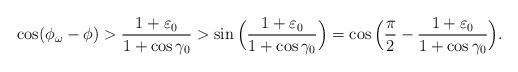
LaTeX: \begin{align*}\cos(\phi_{\omega} - \phi) > \frac{1+\varepsilon_0}{1+\cos\gamma_0} > \sin \Big(\frac{1+\varepsilon_0}{1+\cos\gamma_0} \Big) = \cos \Big(\frac{\pi}{2} - \frac{1+\varepsilon_0}{1+\cos\gamma_0} \Big).\end{align*}